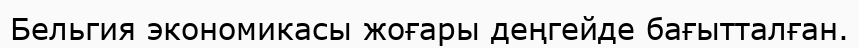
Бельгия экономикасы жоғары деңгейде бағытталған.